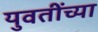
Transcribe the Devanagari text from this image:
युवतींच्या